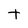
Character: t